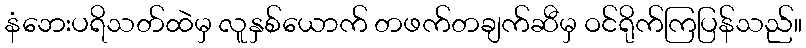
နံဘေးပရိသတ်ထဲမှ လူနှစ်ယောက် တဖက်တချက်ဆီမှ ဝင်ရိုက်ကြပြန်သည်။